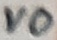
Text: VO